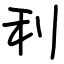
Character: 利